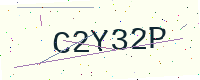
Text: C2Y32P